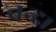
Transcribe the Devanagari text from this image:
चन्‍द।